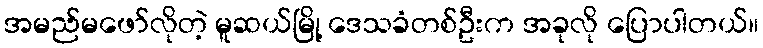
အမည်မဖော်လိုတဲ့ မူဆယ်မြို့ ဒေသခံတစ်ဦးက အခုလို ပြောပါတယ်။